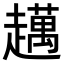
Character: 𧾗